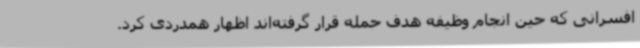
افسرانی که حین انجام وظیفه هدف حمله قرار گرفته‌اند اظهار همدردی کرد.